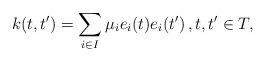
LaTeX: \begin{align*} k(t,t') = \sum_{i\in I} \mu_i e_i(t) e_i(t')\, , t,t'\in T, \end{align*}